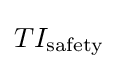
TI_{\text{safety}}